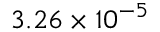
3 . 2 6 \times 1 0 ^ { - 5 }